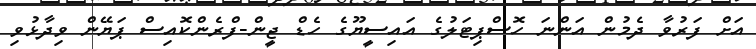
އަށް ފަރުވާ ދެމުން އަންނަ ހޮސްޕިޓަލުގެ އައިސީޔޫގެ ހެޑް ޖީން-ފްރެންކޮއިސް ޕަޔޭން ވިދާޅުވި